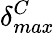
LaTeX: \delta_{max}^{C}